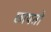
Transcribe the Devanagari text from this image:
छापतो